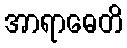
အာရာဓေတိ